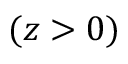
( z > 0 )